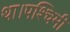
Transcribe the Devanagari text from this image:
था।पश्चिमी